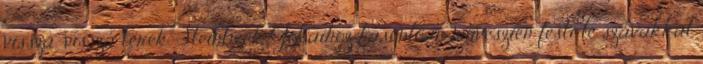
vissza-vissza térek. Steinbeck Jókaihoz hasonlóan művészien festi le szavakkal